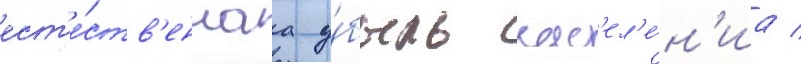
ест'е́ств'еннаа у́быль нас'ел'е́н'иа /